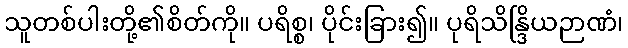
သူတစ်ပါးတို့၏စိတ်ကို။ ပရိစ္စ၊ ပိုင်းခြား၍။ ပုရိသိန္ဒြိယဉာဏံ၊